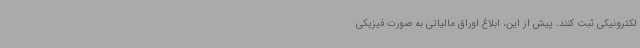
لکترونیکی ثبت کنند. پیش از این، ابلاغ اوراق مالیاتی به صورت فیزیکی